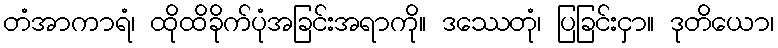
တံအာကာရံ၊ ထိုထိခိုက်ပုံအခြင်းအရာကို။ ဒဿေတုံ၊ ပြခြင်းငှာ။ ဒုတိယော၊